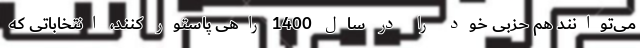
می‌توانند هم حزبی خود را در سال 1400 راهی پاستور کنند، انتخاباتی که